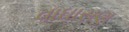
વાઘાસણ